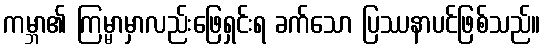
ကမ္ဘာ၏ ကြမ္မာမှာလည်းဖြေရှင်းရ ခက်သော ပြဿနာပင်ဖြစ်သည်။